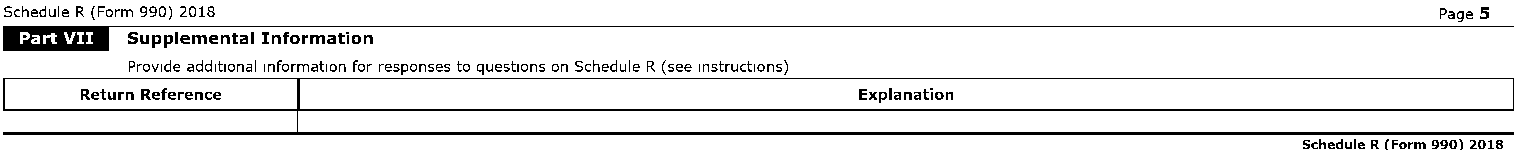
I@"..
 Schedule R (Form 990) 2018                                                                     Page 5
 Supplemental Information
 Provide additional information for responses to questions on Schedule R (see instructions)
 Return Reference                                    Explanation
 Schedule R (Form 990) 2018